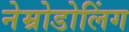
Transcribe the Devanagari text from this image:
नेम्रोडोलिंग